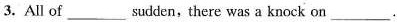
3.All of ___ sudden, there was a knock on ___.